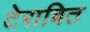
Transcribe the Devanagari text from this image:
टेराबित